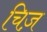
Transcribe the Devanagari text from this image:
चिज़